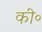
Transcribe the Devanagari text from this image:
की॰